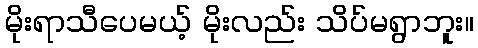
မိုးရာသီပေမယ့် မိုးလည်း သိပ်မရွာဘူး။